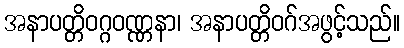
အနာပတ္တိဝဂ္ဂဝဏ္ဏနာ၊ အနာပတ္တိဝဂ်အဖွင့်သည်။